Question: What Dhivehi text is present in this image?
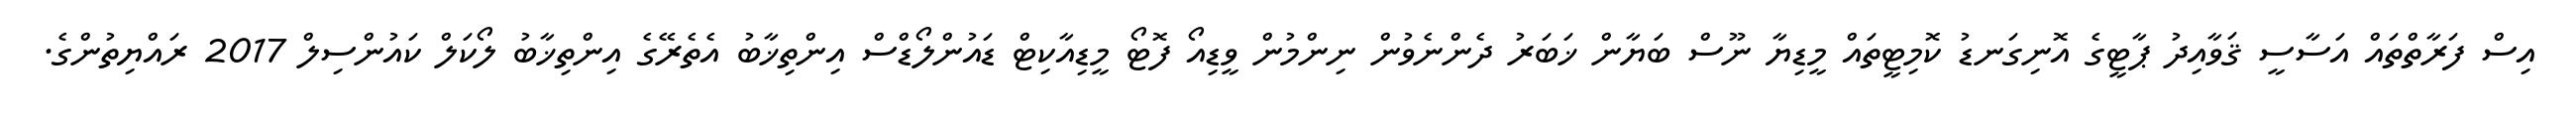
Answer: އިސް ފަރާތްތައް އަސާސީ ޤަވާއިދު ޕާޓީގެ އޮނިގަނޑު ކޮމިޓީތައް މީޑިޔާ ނޫސް ބަޔާން ޚަބަރު ދެންނެވުން ނިންމުން ވީޑިއޯ ފޮޓޯ މީޑިއާކިޓް ޑައުންލޯޑްސް އިންތިޚާބު އެތެރޭގެ އިންތިޚާބު ލޯކަލް ކައުންސިލް 2017 ރައްޔިތުންގެ.